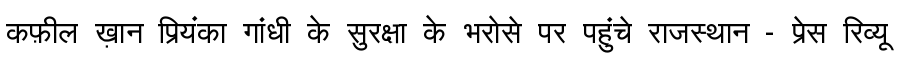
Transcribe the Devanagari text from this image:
कफ़ील ख़ान प्रियंका गांधी के सुरक्षा के भरोसे पर पहुंचे राजस्थान - प्रेस रिव्यू